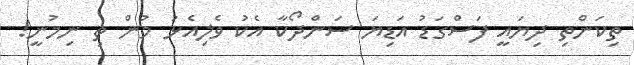
ތިކަންތި ދިޔައީ ފަސްގަޑު އަޑިޔަ ސަންދޯކާ އެކު ވެލިއެޅު މުން ތި ނިމުނީ!